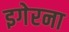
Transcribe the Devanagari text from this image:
इगेरना